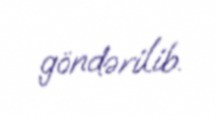
göndərilib.